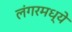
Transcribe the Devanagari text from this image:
लंगरमध्ये